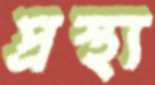
প্রস্থ্য